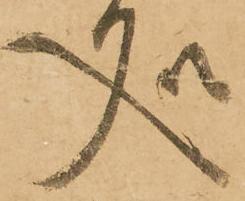
処